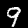
Label: 9